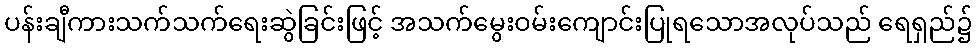
ပန်းချီကားသက်သက်ရေးဆွဲခြင်းဖြင့် အသက်မွေးဝမ်းကျောင်းပြုရသောအလုပ်သည် ရေရှည်၌